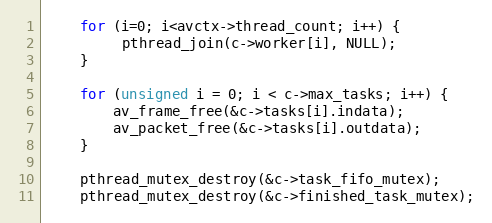
Language: C
    for (i=0; i<avctx->thread_count; i++) {
         pthread_join(c->worker[i], NULL);
    }

    for (unsigned i = 0; i < c->max_tasks; i++) {
        av_frame_free(&c->tasks[i].indata);
        av_packet_free(&c->tasks[i].outdata);
    }

    pthread_mutex_destroy(&c->task_fifo_mutex);
    pthread_mutex_destroy(&c->finished_task_mutex);